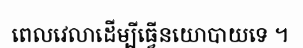
ពេលវេលាដើម្បីធ្វើនយោបាយទេ ។